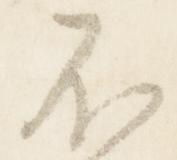
不